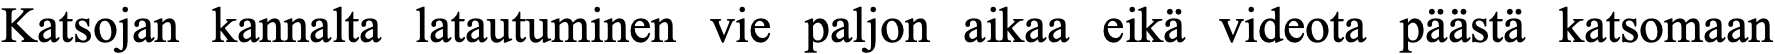
Katsojan kannalta latautuminen vie paljon aikaa eikä videota päästä katsomaan